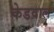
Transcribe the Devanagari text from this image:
केडवाल